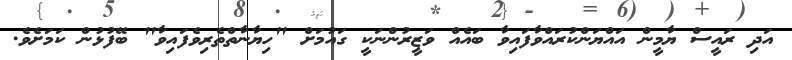
އަދި ރައީސް ޔާމީން އައްޔަންކުރައްވާފައިވާ ބައެއް ވަޒީރުންނަކީ ގައުމަށް "ހިޔާނާތްތެރިވެފައިވާ" ބޭފުޅުން ކަމަށެވެ.